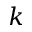
k